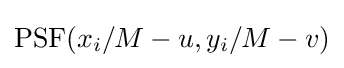
{\textstyle {\mbox{PSF}}(x_{i}/M-u,y_{i}/M-v)}